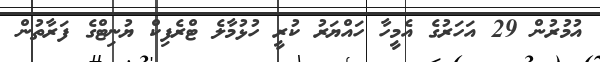
އުމުރުން 29 އަހަރުގެ އެމީހާ ހައްޔަރު ކުރީ ހުޅުމާލެ ޓްރެފިކް ޔުނިޓްގެ ފަރާތުން